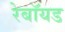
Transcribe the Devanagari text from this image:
रेबॉयड